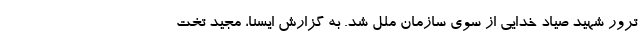
ترور شهید صیاد خدایی از سوی سازمان ملل شد. به گزارش ایسنا، مجید تخت